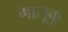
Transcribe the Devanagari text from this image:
मालूकू